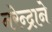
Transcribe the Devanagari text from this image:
नरेन्द्राने